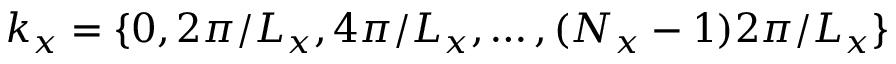
k _ { x } = \{ 0 , 2 \pi / L _ { x } , 4 \pi / L _ { x } , \ldots , ( N _ { x } - 1 ) 2 \pi / L _ { x } \}